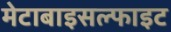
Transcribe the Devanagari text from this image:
मेटाबाइसल्फाइट